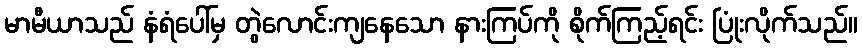
မာမီယာသည် နံရံပေါ်မှ တွဲလောင်းကျနေသော နားကြပ်ကို စိုက်ကြည့်ရင်း ပြုံးလိုက်သည်။